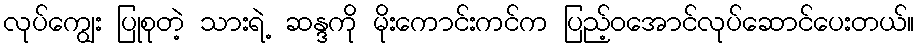
လုပ်ကျွေး ပြုစုတဲ့ သားရဲ့ ဆန္ဒကို မိုးကောင်းကင်က ပြည့်ဝအောင်လုပ်ဆောင်ပေးတယ်။